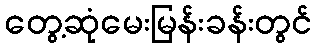
တွေ့ဆုံမေးမြန်းခန်းတွင်